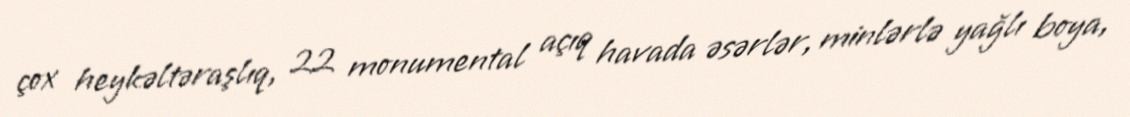
çox heykəltəraşlıq, 22 monumental açıq havada əsərlər, minlərlə yağlı boya,